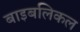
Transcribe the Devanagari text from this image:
बाइबलिकल